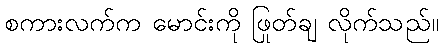
စကားလက်က မောင်းကို ဖြုတ်ချ လိုက်သည်။